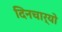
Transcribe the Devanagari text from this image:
दिनचार्यो